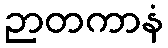
ဉာတကာနံ